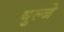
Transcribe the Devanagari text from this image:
बुल्जे